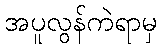
အပူလွန်ကဲရာမှ